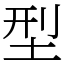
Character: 型